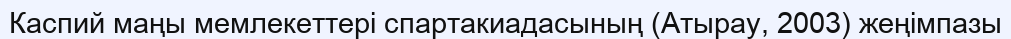
Каспий маңы мемлекеттері спартакиадасының (Атырау, 2003) жеңімпазы